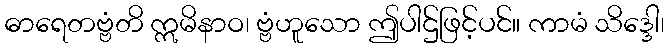
ဓာရေတဗ္ဗံတိ ဣမိနာဝ၊ ဗ္ဗံဟူသော ဤပါဌ်ဖြင့်ပင်။ ကာမံ သိဒ္ဒေါ၊